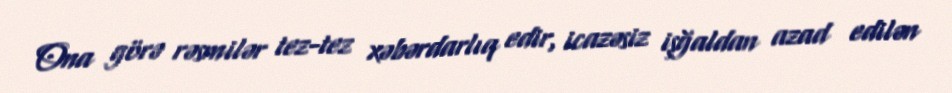
Ona görə rəsmilər tez-tez xəbərdarlıq edir, icazəsiz işğaldan azad edilən